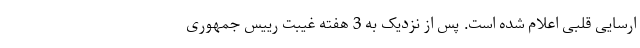
ارسایی قلبی اعلام شده است. پس از نزدیک به 3 هفته غیبت رییس جمهوری